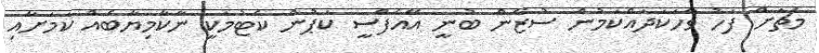
މެޗަށް ފަހު ވާހަކަދައްކަމުން ސުޒޭން ބުނީ އޭއެފްސީ ކަޕުން ކެޓުމަކީ ނާކާމިޔާބެއް ކަމަށާއި